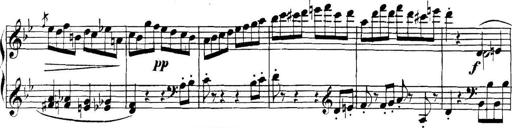
Title: Collected Piano Sonatas
Composer: Muzio Clementi